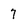
Character: 7